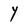
Character: Y